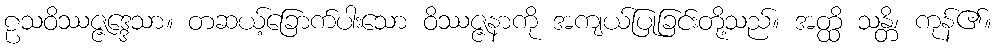
ဠသဝိဿဇ္ဇဒ္ဒေသာ။ တဆယ့်ခြောက်ပါးသော ဝိဿဇ္ဇနာကို အကျယ်ပြုခြင်းတို့သည်။ အတ္ထိ သန္တိ၊ ကုန်၏။